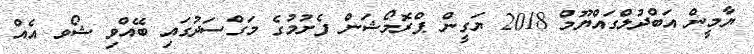
ޔާމީން އަބްދުލްގައްޔޫމް 2018 ޔަގީން ޕްރޮމޯޝަން ފެށުމުގެ މަގްސަދުގައި ބޭއްވި ޝޯވ އެއް